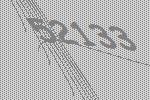
52133